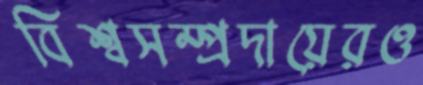
বিশ্বসম্প্রদায়েরও